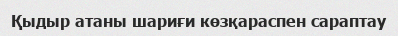
Қыдыр атаны шариғи көзқараспен сараптау